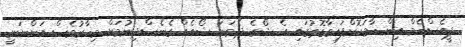
ޕީއެސްއެމް އިން ހާމަކޮށްފައިވާގޮތުގައި އެ ޝޯގެ ދެވަނަ ޝޯއެއް ގެނެސްދިނުމަށް މިހާރުވެސް އަންނަނީ